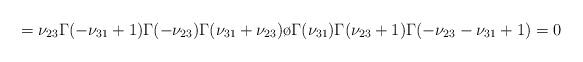
LaTeX: \begin{align*}=\nu_{23}{\Gamma(-\nu_{31}+1)\Gamma(-\nu_{23})\Gamma(\nu_{31}+\nu_{23})\o{\Gamma(\nu_{31})\Gamma(\nu_{23}+1)\Gamma(-\nu_{23}-\nu_{31}+1)}}=0\end{align*}